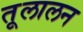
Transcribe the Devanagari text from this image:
तूलालन